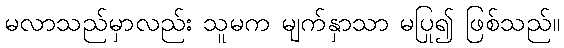
မလာသည်မှာလည်း သူမက မျက်နှာသာ မပြု၍ ဖြစ်သည်။